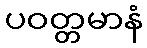
ပဝတ္တမာနံ